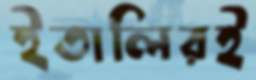
ইতালিরই